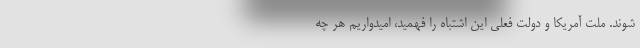
شوند. ملت آمریکا و دولت فعلی این اشتباه را فهمید، امیدواریم هر چه